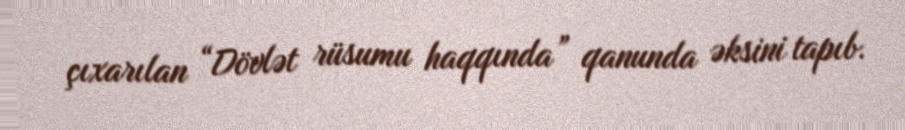
çıxarılan “Dövlət rüsumu haqqında” qanunda əksini tapıb.